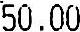
50.00